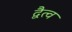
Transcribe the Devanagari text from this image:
द्वैत्व